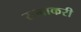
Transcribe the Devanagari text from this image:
रत्नाकरी